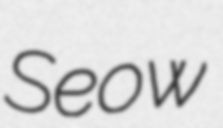
Seow